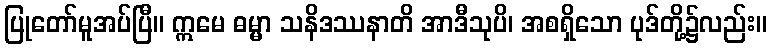
ပြုတော်မူအပ်ပြီ။ ဣမေ ဓမ္မာ သနိဒဿနာတိ အာဒီသုပိ၊ အစရှိသော ပုဒ်တို့၌လည်း။